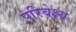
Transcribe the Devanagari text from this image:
परिबेक्ष्य